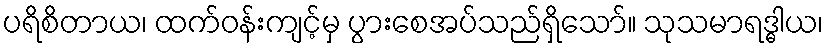
ပရိစိတာယ၊ ထက်ဝန်းကျင့်မှ ပွားစေအပ်သည်ရှိသော်။ သုသမာရဒ္ဓါယ၊